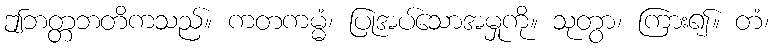
ဤဘတ္တဘတိကသည်။ ကတကမ္မံ၊ ပြုအပ်သောအမှုကို။ သုတွာ၊ ကြား၍။ တံ၊